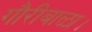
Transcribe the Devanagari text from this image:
गौरीबाळा।